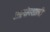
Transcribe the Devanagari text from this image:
अप्रयोगशाली